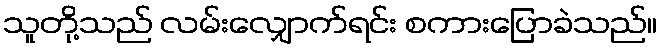
သူတို့သည် လမ်းလျှောက်ရင်း စကားပြောခဲသည်။